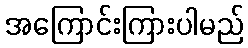
အကြောင်းကြားပါမည်